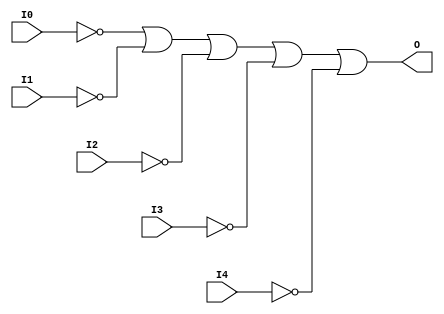
// $Header: /devl/xcs/repo/env/Databases/CAEInterfaces/verunilibs/data/unisims/OR5B5.v,v 1.5.158.1 2007/03/09 18:13:16 patrickp Exp $
///////////////////////////////////////////////////////////////////////////////
// Copyright (c) 1995/2004 Xilinx, Inc.
// All Right Reserved.
///////////////////////////////////////////////////////////////////////////////
//   ____  ____
//  /   /\/   /
// /___/  \  /    Vendor : Xilinx
// \   \   \/     Version : 8.1i (I.13)
//  \   \         Description : Xilinx Functional Simulation Library Component
//  /   /                  5-input OR Gate
// /___/   /\     Filename : OR5B5.v
// \   \  /  \    Timestamp : Thu Mar 25 16:43:32 PST 2004
//  \___\/\___\
//
// Revision:
//    03/23/04 - Initial version.
// End Revision

`timescale  100 ps / 10 ps


module OR5B5 (O, I0, I1, I2, I3, I4);

    output O;

    input  I0, I1, I2, I3, I4;

    not N4 (i4_inv, I4);
    not N3 (i3_inv, I3);
    not N2 (i2_inv, I2);
    not N1 (i1_inv, I1);
    not N0 (i0_inv, I0);
    or O1 (O, i0_inv, i1_inv, i2_inv, i3_inv, i4_inv);


endmodule